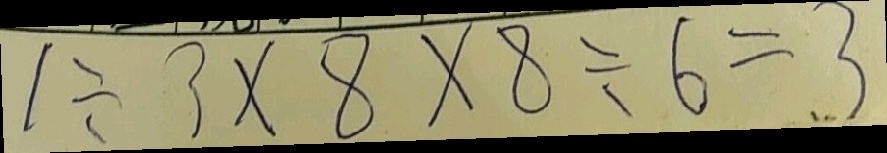
1 \div 3 \times 8 \times 8 \div 6 = 3